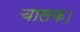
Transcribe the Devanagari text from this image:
चालक।